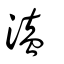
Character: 溘